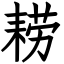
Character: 耢